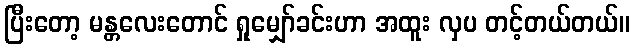
ပြီးတော့ မန္တလေးတောင် ရှုမျှော်ခင်းဟာ အထူး လှပ တင့်တယ်တယ်။